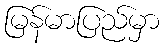
မြန်မာပြည်မှာ